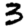
Digit: 3